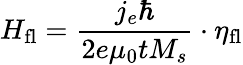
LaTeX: H_{\mathrm{fl}}=\frac{j_{e}\hbar}{2e\mu_{0}tM_{s}}\cdot\eta_{\mathrm{fl}}